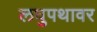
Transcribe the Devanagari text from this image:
लघुपथावर